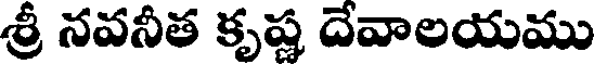
శ్రీ నవనీత కృష్ణ దేవాలయము